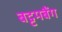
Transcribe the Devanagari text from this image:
बट्टमबैंग